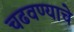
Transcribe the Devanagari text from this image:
चढवण्याचे